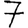
Digit: 7